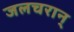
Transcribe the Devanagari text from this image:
जलचरान्